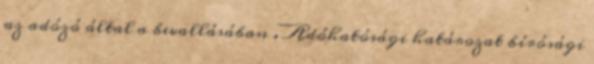
az adózó által a bevallásában . Adóhatósági határozat bírósági